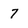
Character: 7